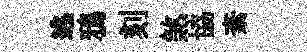
逃鴉刻煞協紊